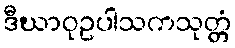
ဒီဃာဝုဥပါသကသုတ္တံ